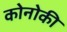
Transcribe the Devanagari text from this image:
कोनोकी